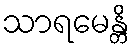
သာရမေန္တိ